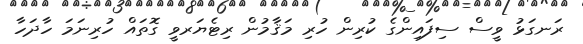
ރަނގަޅު ވީސް ސިފައިންގެ ކުރިން ހުރި މަޤާމުން ރިޓެޔަރވީ ގޮތައް ހުރިނަމަ ހާދަހާ